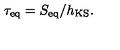
\tau _ { \mathrm { e q } } = S _ { \mathrm { e q } } / h _ { \mathrm { K S } } .